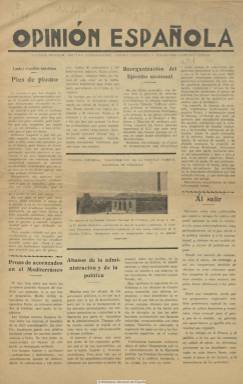
Título: Opinión española
Colección: Revistas de información general
Ámbito geográfico: Madrid
Lugar de publicación: Madrid
Fechas: 01/09/1935-31/01/1936

En gran formato y de ocho páginas a cuatro columnas, es un periódico de carácter centrista, cuya colección la integran solo su primer número, de septiembre de 1935, y el tercero, de enero de 1936, desconociéndose si tuvo alguna periodicidad fija o si llegó a tirar alguna otra entrega. Las indicaciones bajo su cabecera circunscriben sus contenidos a política interior e internacional, “crítica económica y financiera” y a “campañas justas”. Se trata de una publicación sin apenas recorrido y de aparente endeblez empresarial, muy similar a las publicaciones mensuales Madrid ilustrado y Las clases medias, de las que muy probablemente formaron parte del mismo plan editorial, que aparecen también en este periodo republicano, y que asimismo pueden ser consultadas en la hemeroteca de la Biblioteca Nacional de España.

En el caso de este periódico, dedica especial atención a contenidos de índole internacional, como fue el conflicto italo-abisinio, al que tilda de imperialista y sobre el que comparte la neutralidad española, las acciones militares de Japón o la Turquía de Kemal Pachá. En el orden de política interior, llega a autocalificarse de “órgano de las masas sensatas” e inserta una manifiesto de un “Frente de las Clases Medias”, que aboga por la “desaparición del Gobierno de partidos” y porque “el poder sea ejercido por representantes auténticos y directos de las distintas clases sociales” y autonomías regionales (¿?). Se muestra también partidario de un liberalismo radical en lo económico y del político centrista Manuel Portela Valladares (1867-1952) al ser nombrado presidente del Consejo de Ministros.

El resto de sus contenidos son de carácter económico, como es el publirreportaje dedicado al cincuentenario de la naviera Ybarra y Compañía, de la que también se insertan anuncios, junto a otros de destacadas empresas del sector financiero y de seguros y del industrial. A ello se añaden unas breves semblanzas laudatorias del médico Santiago Cerro o del político valenciano Ricardo Samper, diputado autonomista del Partido Radical. Reproduce el artículo sobre la Hemeroteca Municipal de Madrid publicado en el ya citado Madrid ilustrado. Inserta algunos fotograbados.